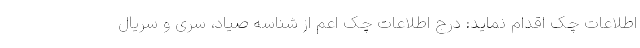
اطلاعات چک اقدام نماید: درج اطلاعات چک اعم از شناسه صیاد، سری و سریال